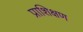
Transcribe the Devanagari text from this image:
प्राशिक्षण